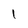
Character: l